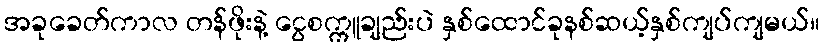
အခုခေတ်ကာလ တန်ဖိုးနဲ့ ငွေစက္ကူချည်းပဲ နှစ်ထောင်ခုနစ်ဆယ့်နှစ်ကျပ်ကျမယ်။